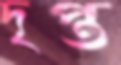
দৃপ্ত